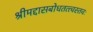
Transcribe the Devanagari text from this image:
श्रीमद्दासबोधतत्त्वस्तवः